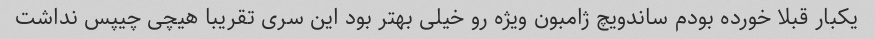
یکبار قبلا خورده بودم ساندویچ ژامبون ویژه رو خیلی بهتر بود این سری تقریبا هیچی چیپس نداشت